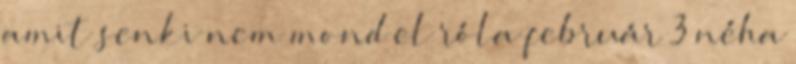
amit senki nem mond el róla február 3 néha